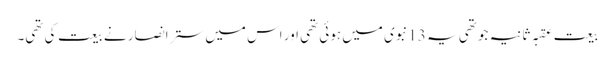
بیعت عَقبہ ثانیہ جو تھی یہ 13نبوی میں ہوئی تھی اور اس میں ستر انصار نے بیعت کی تھی۔